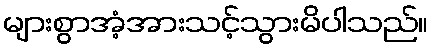
များစွာအံ့အားသင့်သွားမိပါသည်။